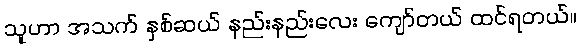
သူဟာ အသက် နှစ်ဆယ် နည်းနည်းလေး ကျော်တယ် ထင်ရတယ်။